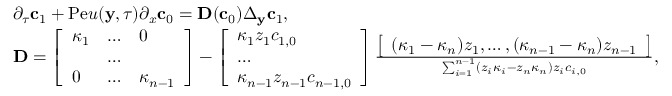
\begin{array} { r l } & { \partial _ { \tau } \mathbf { c } _ { 1 } + \mathrm { P e } u ( \mathbf { y } , \tau ) \partial _ { x } \mathbf { c } _ { 0 } = \mathbf { D } ( \mathbf { c } _ { 0 } ) \Delta _ { \mathbf { y } } \mathbf { c } _ { 1 } , } \\ & { \mathbf { D } = \left[ \begin{array} { l l l } { \kappa _ { 1 } } & { \hdots } & { 0 } \\ & { \hdots } & \\ { 0 } & { \hdots } & { \kappa _ { n - 1 } } \end{array} \right] - \left[ \begin{array} { l } { \kappa _ { 1 } z _ { 1 } c _ { 1 , 0 } } \\ { \hdots } \\ { \kappa _ { n - 1 } z _ { n - 1 } c _ { n - 1 , 0 } } \end{array} \right] \frac { \left[ \begin{array} { l } { ( \kappa _ { 1 } - \kappa _ { n } ) z _ { 1 } , \hdots , ( \kappa _ { n - 1 } - \kappa _ { n } ) z _ { n - 1 } } \end{array} \right] } { \sum _ { i = 1 } ^ { n - 1 } ( z _ { i } \kappa _ { i } - z _ { n } \kappa _ { n } ) z _ { i } c _ { i , 0 } } , } \end{array}